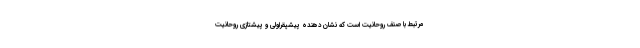
مرتبط با صنف روحانیت است که نشان دهنده پیشپقراولی و پیشتازی روحانیت